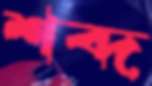
শব্দ